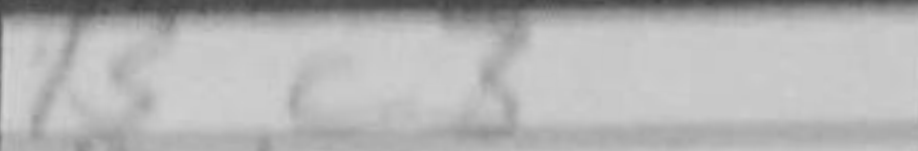
Transcription: Bg3